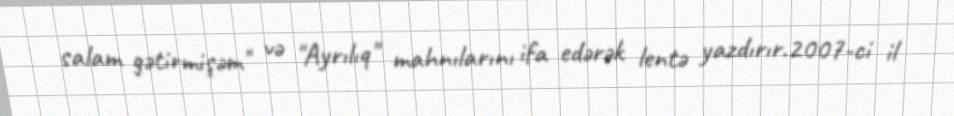
salam gətirmişəm" və "Ayrılıq" mahnılarını ifa edərək lentə yazdırır.2007-ci il